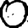
Digit: 0